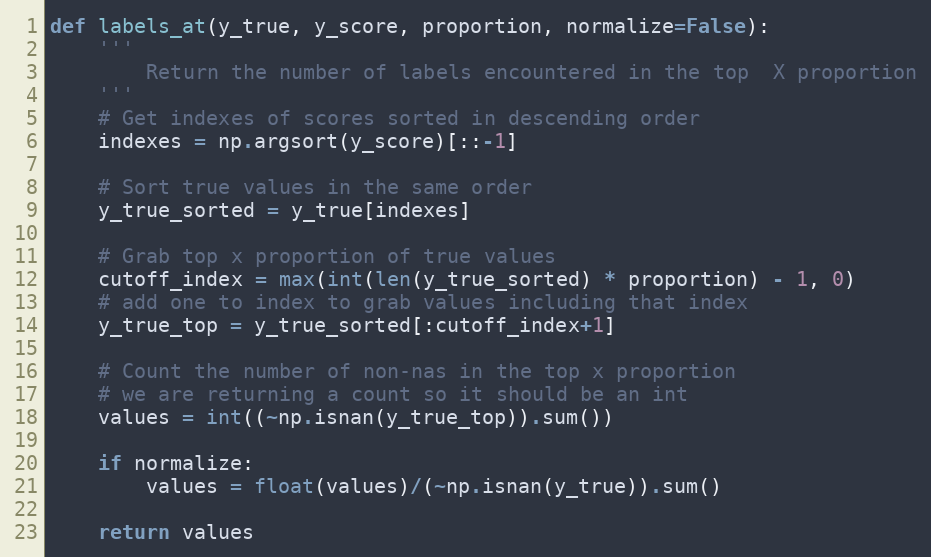
Language: Python
def labels_at(y_true, y_score, proportion, normalize=False):
    '''
        Return the number of labels encountered in the top  X proportion
    '''
    # Get indexes of scores sorted in descending order
    indexes = np.argsort(y_score)[::-1]

    # Sort true values in the same order
    y_true_sorted = y_true[indexes]

    # Grab top x proportion of true values
    cutoff_index = max(int(len(y_true_sorted) * proportion) - 1, 0)
    # add one to index to grab values including that index
    y_true_top = y_true_sorted[:cutoff_index+1]

    # Count the number of non-nas in the top x proportion
    # we are returning a count so it should be an int
    values = int((~np.isnan(y_true_top)).sum())

    if normalize:
        values = float(values)/(~np.isnan(y_true)).sum()

    return values